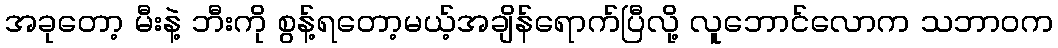
အခုတော့ မီးနဲ့ ဘီးကို စွန့်ရတော့မယ့်အချိန်ရောက်ပြီလို့ လူဘောင်လောက သဘာဝက